Civil Veterinary Department. Central Provinces & Berar 1925-31 - 1925-1931
Year: 1925
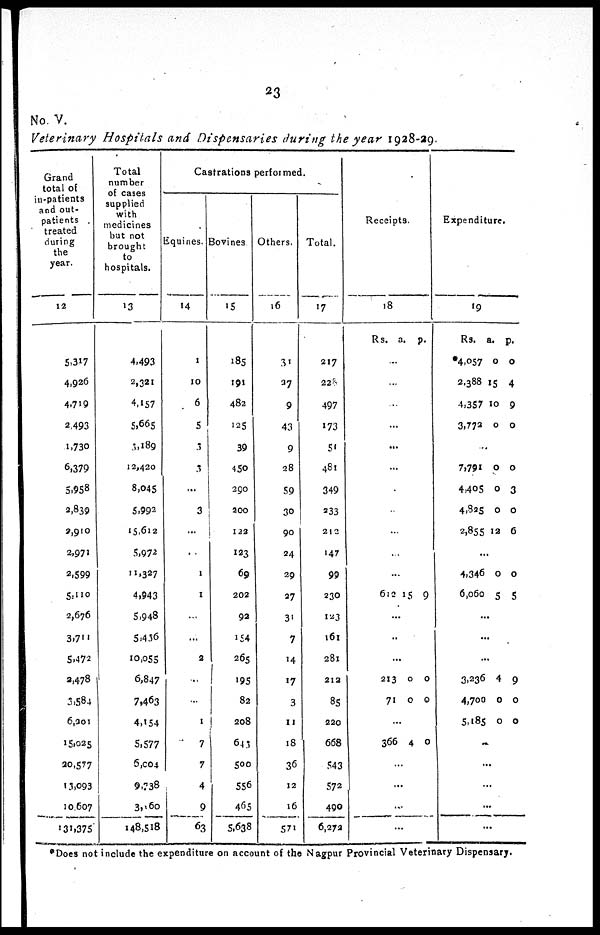
23
No. V.
Veterinary Hospitals and Dispensaries during the year 1928-29.
Grand
total of
in-patients
and out-
patients
treated
during
the
year.
12
5,317
4,926
4,719
2,493
1,730
6,379
5,958
2,839
2,910
2,971
2.599
5,110
2,676
3,711
5,472
3,478
3,584
6,201
15,025
20,577
13,093
10.607
131,375
Total
number
of cases
supplied
with
medicines
but not
brought
to
hospitals.
13
4,493
2,321
4,157
5,665
3,189
12,420
8,045
5.992
15,612
5,972
11,327
4,943
5,948
5.436
10,055
6,847
7,463
4,154
5,577
6,004
9,738
3, 60
148,518
Castrations performed.
Equines.
14
1
10
6
5
3
3
...
3
...
...
1
1
...
...
2
...
...
1
7
7
4
9
63
Bovines
15
185
191
482
125
39
450
290
200
122
123
69
202
92
154
265
195
82
208
643
500
556
465
5,638
Others.
16
31
37
9
43
9
28
59
30
90
24
29
27
31
7
14
17
3
11
18
36
12
16
571
Total.
17
217
228
497
173
51
481
349
233
212
147
99
230
123
161
281
212
85
220
668
543
572
490
6,272
Receipts.
18
Rs. a. p.
...
...
...
...
...
...
...
...
...
...
...
612 15 9
...
...
...
213
71
0
0
0
0
...
366 4 0
...
...
...
...
Expenditure.
19
Rs.
*4,057
2,388
4,357
3,772
a.
0
15
10
0
p.
0
4
9
0
..
7,791
4,405
4,825
2,855
0
0
0
12
0
3
0
6
...
4,346
6,060
0
5
0
5
...
...
...
3,236
4,700
5,185
4
0
0
9
0
0
...
...
...
...
...
*Does not include the expenditure on account of the Nagpur Provincial Veterinary Dispensary.